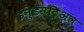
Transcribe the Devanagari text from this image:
इन्डसट्रिअल